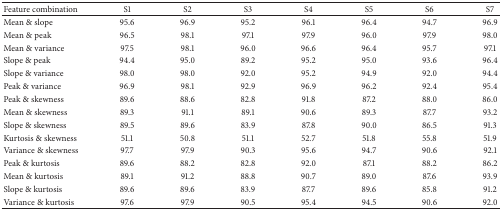
| Feature combination | S1 | S2 | S3 | S4 | S5 | S6 | S7 |
 | --- | --- | --- | --- | --- | --- | --- | --- |
 | Mean & slope | 95.6 | 96.9 | 95.2 | 96.1 | 96.4 | 94.7 | 96.9 |
 | Mean & peak | 96.5 | 98.1 | 97.1 | 97.9 | 96.0 | 97.9 | 98.0 |
 | Mean & variance | 97.5 | 98.1 | 96.0 | 96.6 | 96.4 | 95.7 | 97.1 |
 | Slope & peak | 94.4 | 95.0 | 89.2 | 95.2 | 95.0 | 93.6 | 96.4 |
 | Slope & variance | 98.0 | 98.0 | 92.0 | 95.2 | 94.9 | 92.0 | 94.4 |
 | Peak & variance | 96.9 | 98.1 | 92.9 | 96.9 | 96.2 | 92.4 | 95.4 |
 | Peak & skewness | 89.6 | 88.6 | 82.8 | 91.8 | 87.2 | 88.0 | 86.0 |
 | Mean & skewness | 89.3 | 91.1 | 89.1 | 90.6 | 89.3 | 87.7 | 93.2 |
 | Slope & skewness | 89.5 | 89.6 | 83.9 | 87.8 | 90.0 | 86.5 | 91.3 |
 | Kurtosis & skewness | 51.1 | 50.8 | 51.1 | 52.7 | 51.8 | 55.8 | 51.9 |
 | Variance & skewness | 97.7 | 97.9 | 90.3 | 95.6 | 94.7 | 90.6 | 92.1 |
 | Peak & kurtosis | 89.6 | 88.2 | 82.8 | 92.0 | 87.1 | 88.2 | 86.2 |
 | Mean & kurtosis | 89.1 | 91.2 | 88.8 | 90.7 | 89.0 | 87.6 | 93.9 |
 | Slope & kurtosis | 89.6 | 89.6 | 83.9 | 87.7 | 89.6 | 85.8 | 91.2 |
 | Variance & kurtosis | 97.6 | 97.9 | 90.5 | 95.4 | 94.5 | 90.6 | 92.0 |